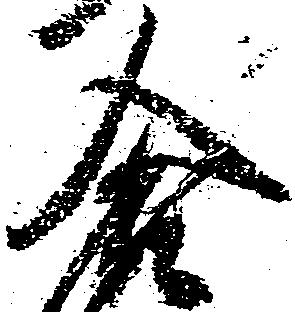
合